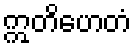
ဣတိဟေတံ